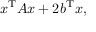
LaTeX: x ^ { \mathrm { T } } A x + 2 b ^ { \mathrm { T } } x ,